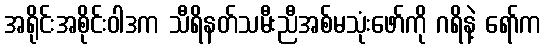
အရိုင်းအစိုင်းဝါဒက သီရိနတ်သမီးညီအစ်မသုံးဖော်ကို ဂရိနဲ့ ရော်က